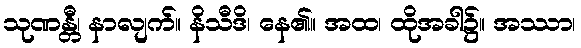
သုဏန္တီ၊ နာလျက်။ နိသီဒိ၊ နေ၏။ အထ၊ ထိုအခါ၌။ အဿာ၊